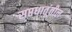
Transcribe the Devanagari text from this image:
सप्तधातूंतील